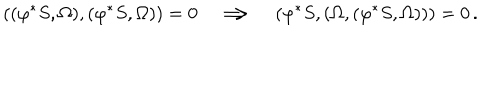
LaTeX: ( ( \varphi ^ { * } S , { \Omega } ) , ( \varphi ^ { * } S , { \Omega } ) ) = 0 \quad \Longrightarrow \quad ( \varphi ^ { * } S , ( { \Omega } , ( \varphi ^ { * } S , { \Omega } ) ) ) = 0 \, .